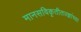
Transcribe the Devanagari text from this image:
मानसविकृतीतज्ज्ञांच्या